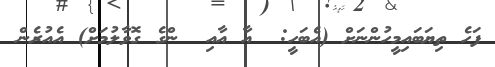
ފަހެ ތިޔަބައިމީހުންނަށް (އެބަހީ:  އާ އާއި  ންގެ ގޮވާލުމަށް) އެއުރެން